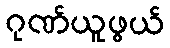
ဂုဏ်ယူဖွယ်